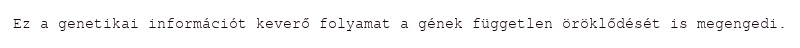
Ez a genetikai információt keverő folyamat a gének független öröklődését is megengedi.